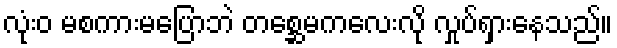
လုံးဝ မစကားမပြောဘဲ တစ္ဆေမကလေးလို လှုပ်ရှားနေသည်။